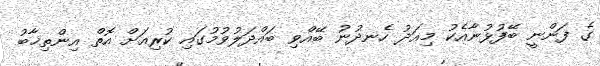
ގެ ފަންނީ ބޭފުޅުނާއެކު މިއަދު ހެނދުނު ބޭއްވި ބައްދަލުވުމުގައި ކުރިއަށް އޮތް އިންތިޚާބު